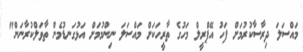
މައްސަލަ ދިރާސާކުރުމަށް ފަހު އޭޕްރީލް މަހުގެ ތާރީހަކަށް މައްސަލަ ނިންމުމަށް އަޅުގަނޑުމެން ތާވަލްކުރާނަން"